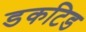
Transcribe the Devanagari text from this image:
डकटिड